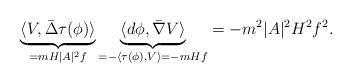
LaTeX: \begin{align*}\underbrace{\langle V,\bar\Delta\tau(\phi)\rangle}_{=mH|A|^2f}\underbrace{\langle d\phi,\bar\nabla V\rangle}_{=-\langle\tau(\phi),V\rangle=-mHf}=-m^2|A|^2 H^2f^2.\end{align*}